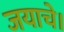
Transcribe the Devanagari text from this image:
जयाचे।